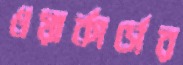
ওয়ার্কার্সের